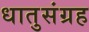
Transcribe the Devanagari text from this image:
धातुसंग्रह